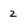
Character: Z